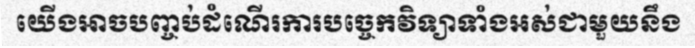
យើងអាចបញ្ចប់ដំណើរការបច្ចេកវិទ្យាទាំងអស់ជាមួយនឹង